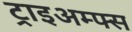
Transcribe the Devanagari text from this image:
ट्राइअम्फ्स